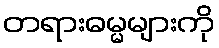
တရားဓမ္မများကို